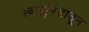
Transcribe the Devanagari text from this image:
स्वादुपिंडातून